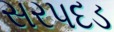
સરપદડ